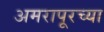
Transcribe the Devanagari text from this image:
अमरापूरच्या